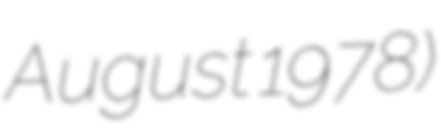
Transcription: August 1978)